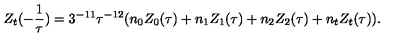
Z _ { t } ( - \frac { 1 } { \tau } ) = 3 ^ { - 1 1 } \tau ^ { - 1 2 } ( n _ { 0 } Z _ { 0 } ( \tau ) + n _ { 1 } Z _ { 1 } ( \tau ) + n _ { 2 } Z _ { 2 } ( \tau ) + n _ { t } Z _ { t } ( \tau ) ) .